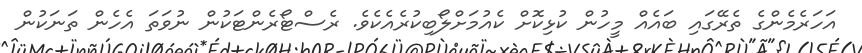
އަހަރެމެންގެ ތެރޭގައި ބައެއް މީހުން ކުޅިކޮށް ކެއުމަށްލޯބިކުރެއެކެވެ. ރެސްޓޯރެންޓަކުން ނުވަތަ އެހެން ތަނަކުން